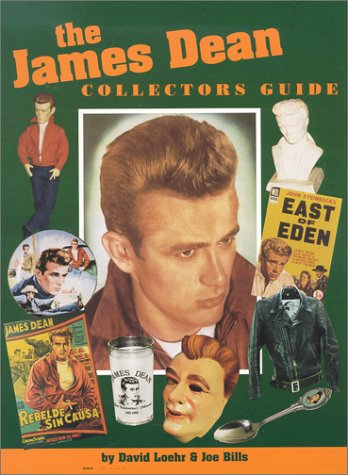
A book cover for James Dean Collectors Guide; Joe Bills; Crafts, Hobbies & Home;